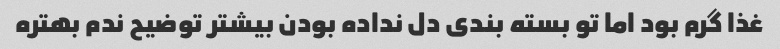
غذا گرم بود اما تو بسته بندی دل نداده بودن بیشتر توضیح ندم بهتره